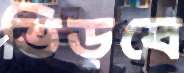
ভিড়বে